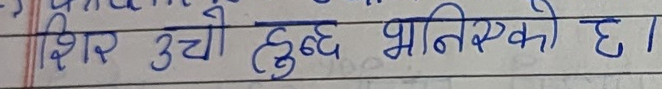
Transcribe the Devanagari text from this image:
शिर उचो हुन्छ भनिएको छ।